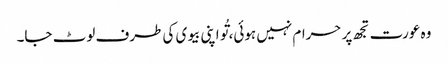
وہ عورت تجھ پر حرام نہیں ہوئی، تُو اپنی بیوی کی طرف لوٹ جا۔